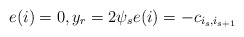
\begin{align*} e(i)=0, y_r=2\psi_se(i)=-c_{i_s,i_{s+1}}\end{align*}